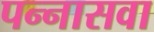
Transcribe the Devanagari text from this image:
पन्नासवा